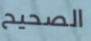
الصحيح